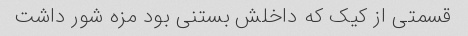
قسمتی از کیک که داخلش بستنی بود مزه شور داشت